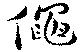
僶